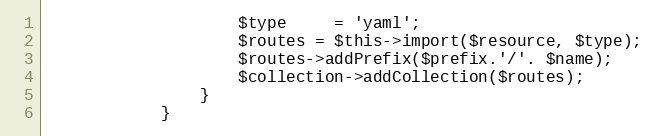
Language: PHP
                    $type     = 'yaml';
                    $routes = $this->import($resource, $type);
                    $routes->addPrefix($prefix.'/'. $name);
                    $collection->addCollection($routes);
                }
            }